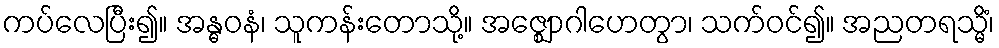
ကပ်လေပြီး၍။ အန္ဓဝနံ၊ သူကန်းတောသို့။ အဇ္ဈောဂါဟေတွာ၊ သက်ဝင်၍။ အညတရသ္မိံ၊